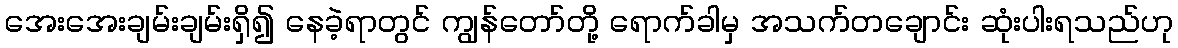
အေးအေးချမ်းချမ်းရှိ၍ နေခဲ့ရာတွင် ကျွန်တော်တို့ ရောက်ခါမှ အသက်တချောင်း ဆုံးပါးရသည်ဟု